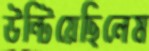
উল্‌টিয়েছিলেম